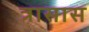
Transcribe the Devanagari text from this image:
त्रासास